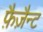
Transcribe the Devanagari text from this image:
फ़ैज़ैन्ट